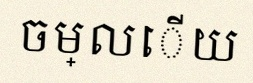
ចម្លើយ